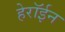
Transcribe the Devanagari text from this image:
हेरॉईन